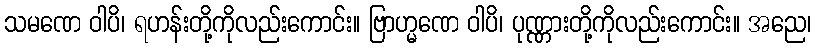
သမဏေ ဝါပိ၊ ရဟန်းတို့ကိုလည်းကောင်း။ ဗြာဟ္မဏေ ဝါပိ၊ ပုဏ္ဏားတို့ကိုလည်းကောင်း။ အညေ၊